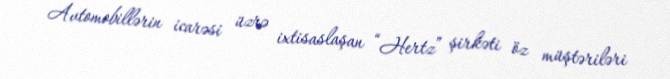
Avtomobillərin icarəsi üzrə ixtisaslaşan “Hertz” şirkəti öz müştəriləri